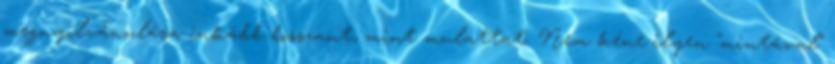
megnyilvánulása inkább bosszant, mint mulattat. Nem kéne ilyen "mintával"